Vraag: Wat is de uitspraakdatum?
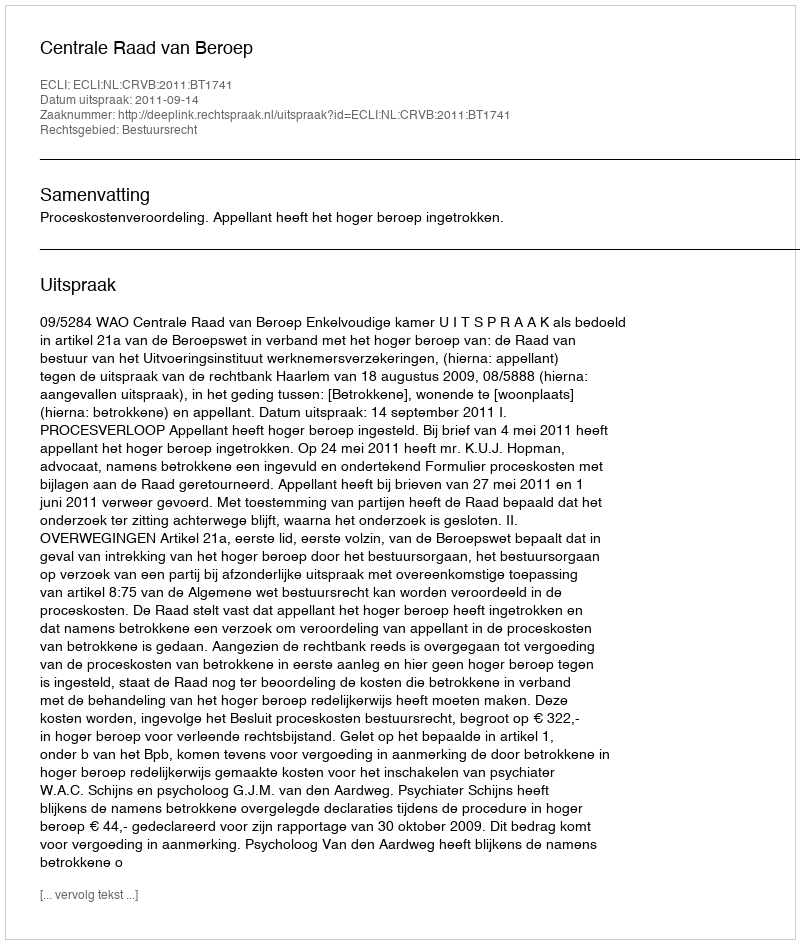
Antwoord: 2011-09-14